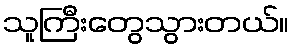
သူကြီးတွေသွားတယ်။